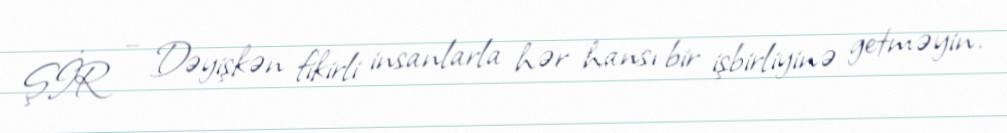
ŞİR – Dəyişkən fikirli insanlarla hər hansı bir işbirliyinə getməyin.